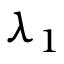
\lambda _ { 1 }